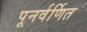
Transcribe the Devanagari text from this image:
पूनर्वर्णित